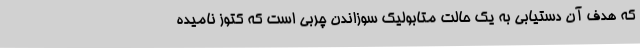
که هدف آن دستیابی به یک حالت متابولیک سوزاندن چربی است که کتوز نامیده